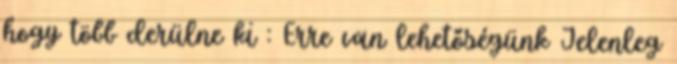
hogy több derülne ki : Erre van lehetőségünk Jelenleg